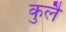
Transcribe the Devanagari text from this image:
कुलै